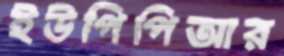
ইউপিপিআর